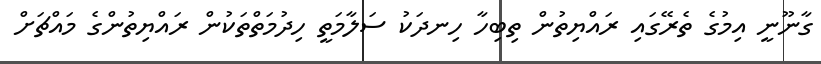
ގާނޫނީ އިމުގެ ތެރޭގައި ރައްޔިތުން ތިބިހާ ހިނދަކު ސަލާމަތީ ހިދުމަތްތަކުން ރައްޔިތުންގެ މައްޗަށް